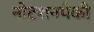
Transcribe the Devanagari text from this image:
नोटशनपैकी